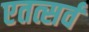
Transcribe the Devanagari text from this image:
एतत्सर्वं